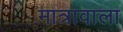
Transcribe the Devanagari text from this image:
मात्रावाला